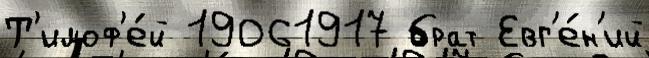
Т'имоф'е́й 19061917 брат Евг'е́н'ий